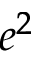
e ^ { 2 }